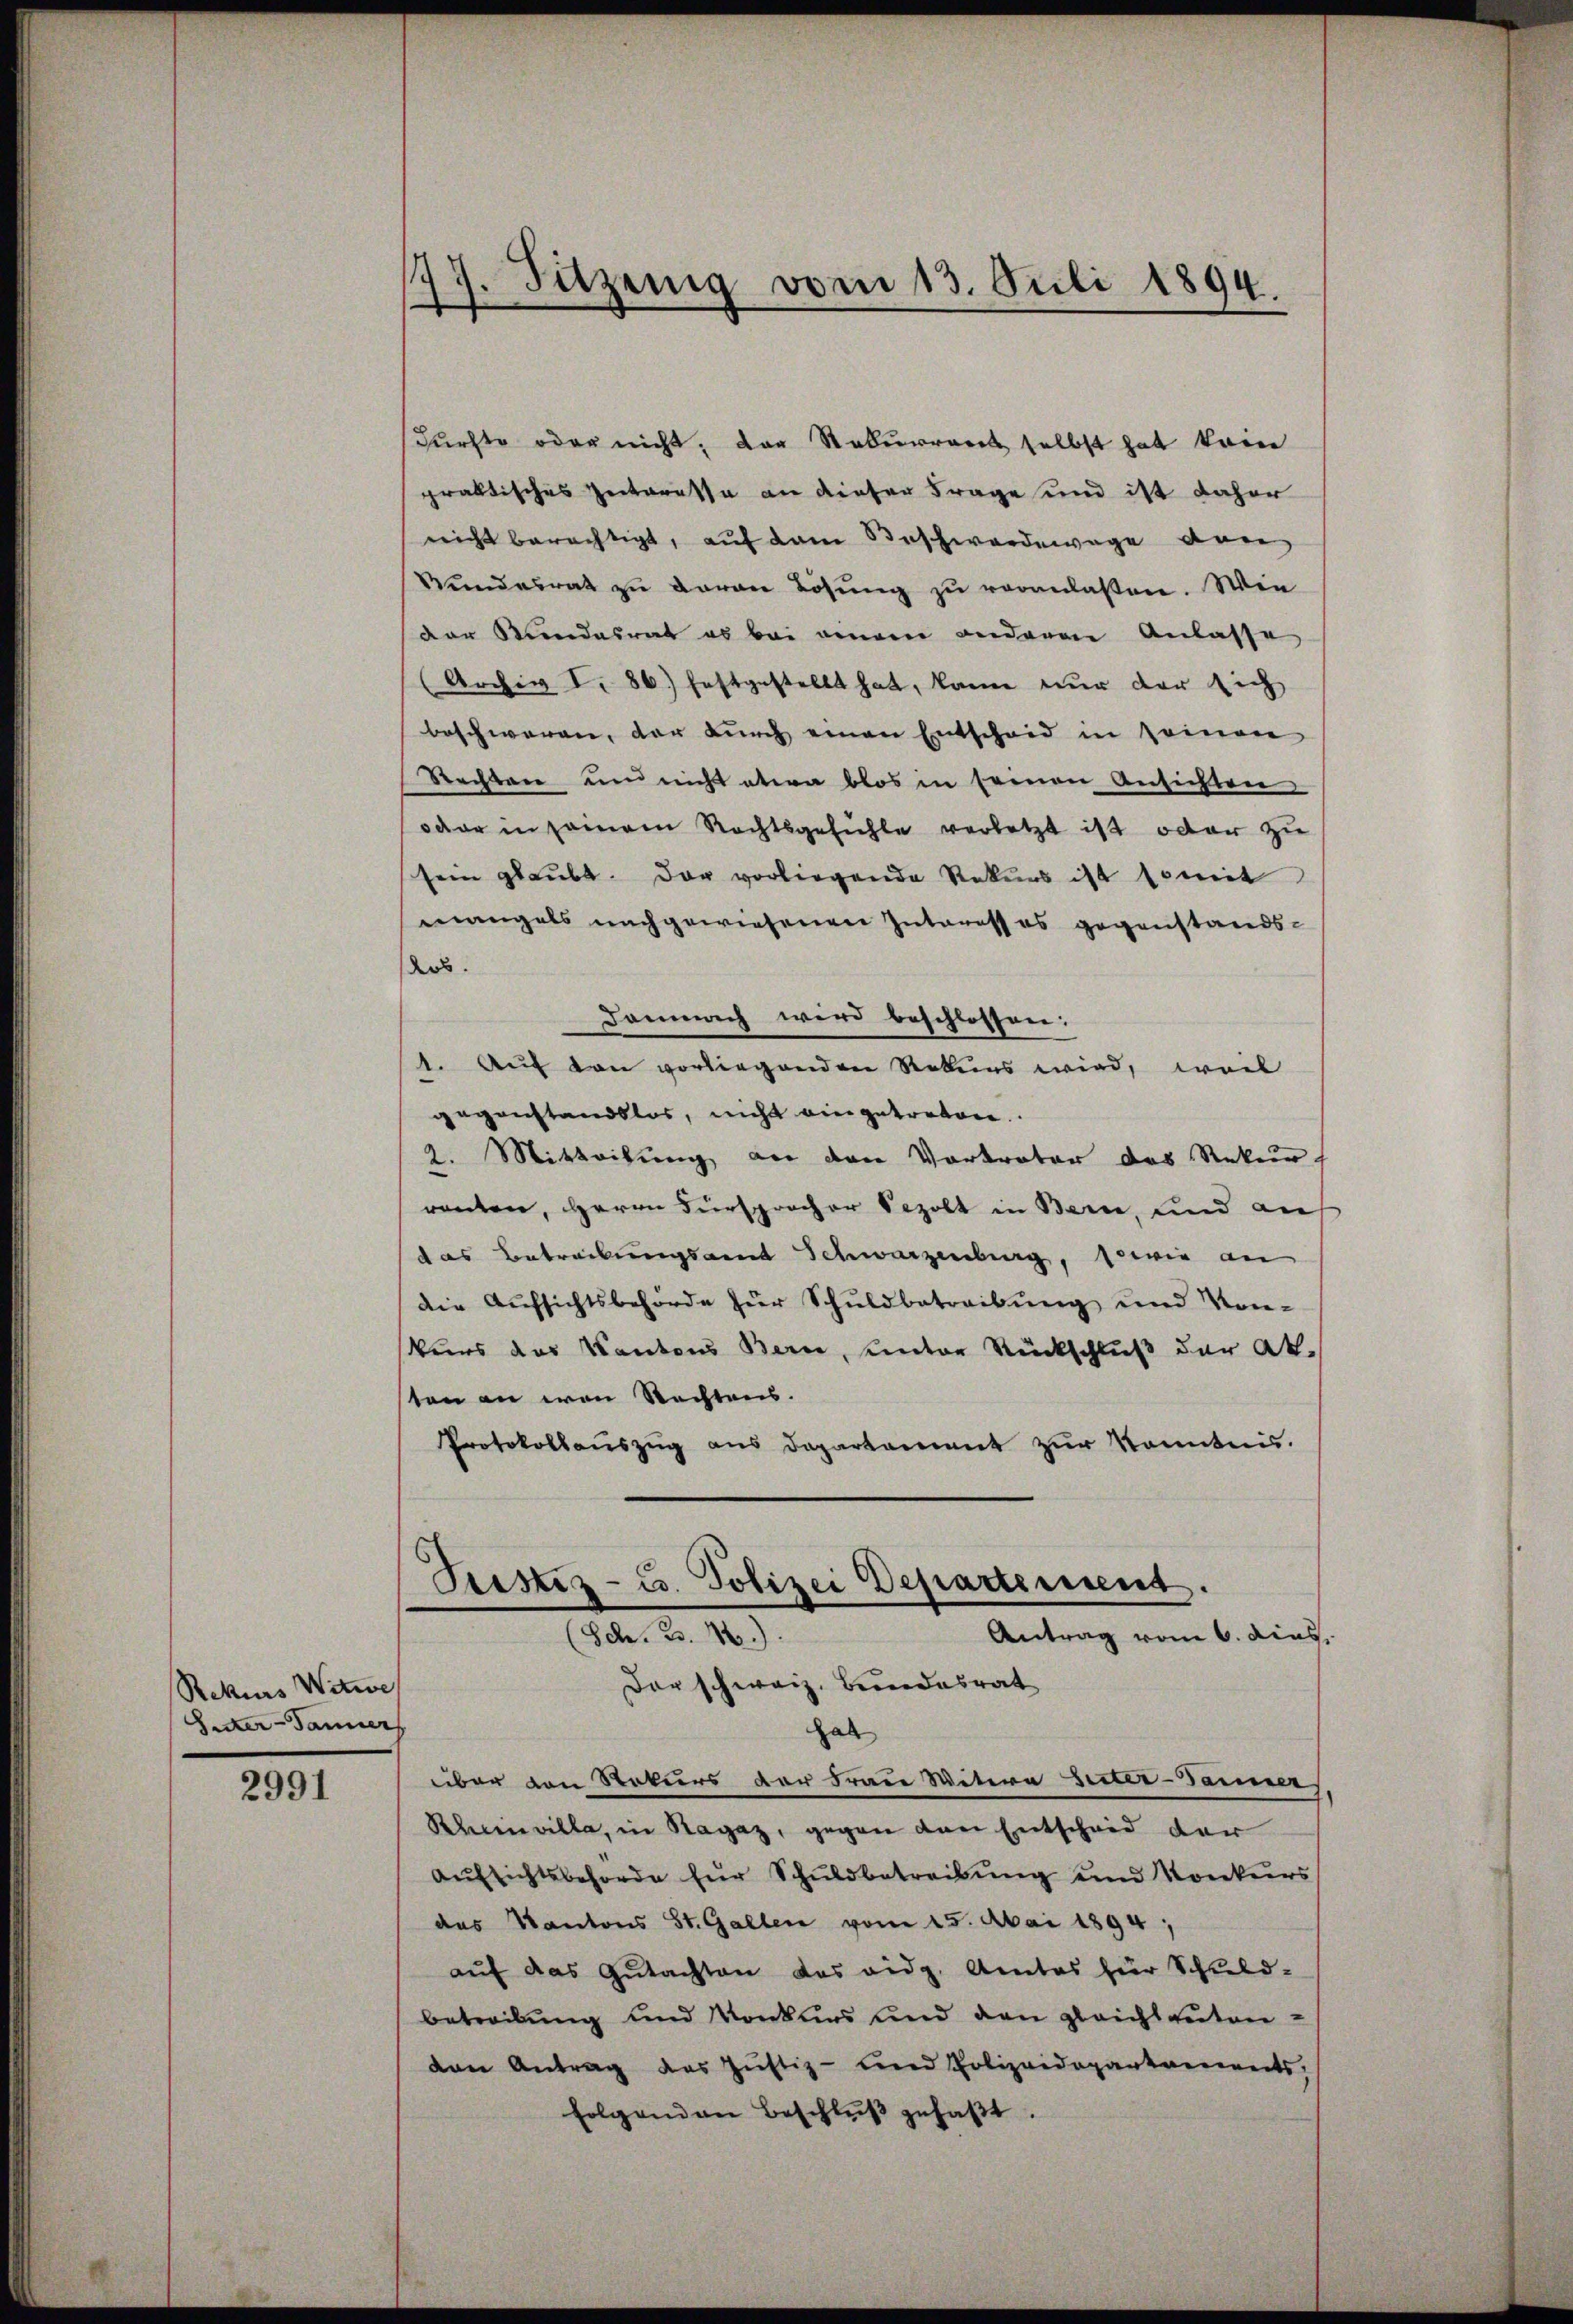
Rekurs Witwe
Sitter-Tanner

2991

17. Juzing vom 13. Juli 1894.

Fürste oder nicht, der Rekurrent selbst hat kein
praktisches Zeiteressa an dieser Frage und ist daher
nicht berechtigt, auf dem Beschwerdewege von
Stundesrat zu davon Lösung zu veranlaßen. Wie
der Stundesrat es bei einem anderen Anlasse
(Archiv I. 86) festgestellt hat, kann nur der sich
beschweren, der durch einen Entscheid in seinen
Rechten um nicht etwa blos in seinen Ansichten
oder in seinem Rechtsgefühle verletzt ist oder zu
sein glaubt. Der vorliegende Rekurs ist somit
mangels nachgewiesenen Interess es gegenstands-
ders
Demnach wird beschlossen:
1. Auf von vorliegenden Rekurs wird, weil
gegenstandslos, nicht eingetreten.
2. Mitteilung an den Vortreter das Rekurs
renten, Herrn Fürsprocher Scholt in Bern, und auf
das Betreibungsamt Schwarzenburg, sowie an
die Aufsichtsbehörde zur Schuldbetreibung und Vor-
Kurs das Kantons Bern, unter Rückschluß der Ak
sten an von Rechtens.
Protokollaŭszŭg ans Departement zŭr Kenntnis.

s
Justiz- u. Polizei Departement.
Sch. 3. 4.)
Antrag vom 6. dies
Der schweiz. Bundesrat
hab

über von Rekurs der Frau Witwe Seiter-Tanner
Rheinvilla, in Ragaz, gegen den Entscheid der
aŭfsichtsbehörde für Schŭldbetreibŭng und Konkurs
das Kantons St. Gallen vom 15. Mai 1894;
auf das Gutachten das eidg. Amtes für Schuld-
betreibung und Konkurs und den gleichlauten-
ven Antrag des Jŭstiz- und Polizeidepartennereits,
folgenden Beschlŭβ gefaβt.